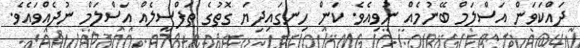
ދައްކަވަން އަސްލަމް ބޭނުމެއް ނުވިއެވެ. ކަން ހިނގައިދިޔަ ގޮތުގެ ތަފްސީލެއް އަސްލަމް ނުދެއްވައެވެ.